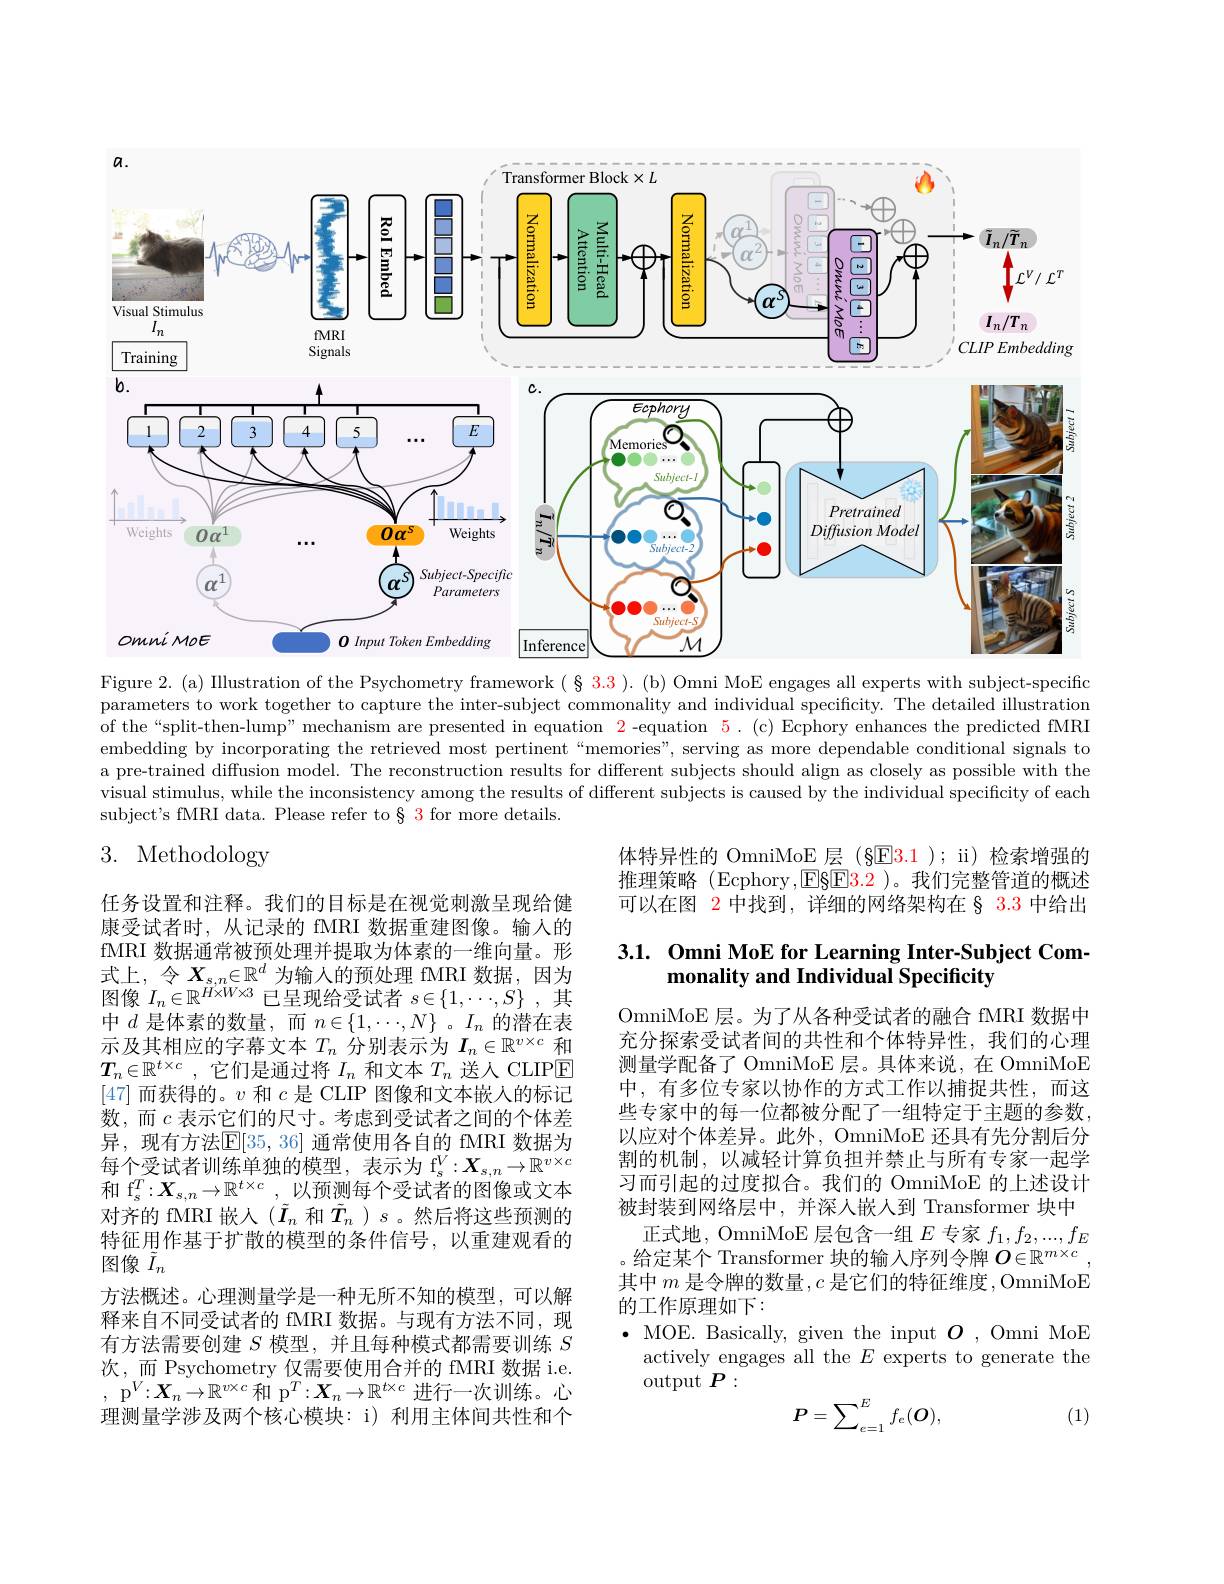
<FigureHere>

Figure 2. (a) IIlustration of the Psychometry framework $(\S$ 3.3 ). (b) Omni MoE engages all experts with subject-specific parameters to work together to capture the inter-subject commonality and individual specificity. The detailed illustration of the“split-then-lump” mechanism are presented in equation $\color{red}{2}$ -equation $\color{red}{5}.\mathrm{~(c)~Ecphory~enhances~the~predicted~fMRI}$ embedding by incorporating the retrieved most pertinent“memories”, serving as more dependable conditional signals to a pre-trained diffusion model. The reconstruction results for different subjects should align as closely as possible with the visual stimulus, while the inconsistency among the results of different subjects is caused by the individual specificity of each subject's fMRI data. Please refer to§ 3 for more details.

# 3. Methodology

体特异性的 OmniMoE 层 (§E3.1 ); ii) 检索增强的推理策略 (Ecphory,E§E3.2 )。我们完整管道的概述可以在图 2 中找到，详细的网络架构在 § 3.3 中给出

## 3.1. Omni MoE for Learning Inter-Subject Commonality and Individual Specificity

任务设置和注释。我们的目标是在视觉刺激呈现给健康受试者时，从记录的 fMRI 数据重建图像。输人的fMRI 数据通常被预处理并提取为体素的一维向量。形式上，令$X_s,n\in\mathbb{R}^d$为输入的预处理 fMRI 数据，因为图像$I_n\in\mathbb{R}^H\times W\times3$已呈现给受试者$s\in\{1,\cdots,S\}$ ,其中$d$是体素的数量，而$n\in\{1,\cdots,N\}$ 。$I_n$的潜在表示及其相应的字幕文本$T_n$分别表示为$I_n\in\mathbb{R}^v\times c$和$\boldsymbol{T}_n\in \mathbb{R} ^{t\times c}$ ,它们是通过将$I_n$和文本$T_n$送人 CLIPE [47]而获得的。$v$和$c$是 CLIP 图像和文本嵌人的标记数，而$c$表示它们的尺寸。考虑到受试者之间的个体差异，现有方法$\mathbb{E}[35,36]$ 通常使用各自的 fMRI 数据为每个受试者训练单独的模型，表示为$\mathrm f_s^V:X_{s,n}\to\mathbb{R}^{v\times c}$ 和 f$_{\mathrm{s} }^T: \boldsymbol{X}_{\mathrm{s} , n}\to \mathbb{R} ^{t\times c}$ , $\tilde{\text{以 预 测 每 个 受 试 者 的 图 像 或 文 本 }}$ 对齐的 fMRI 嵌入 ($\tilde{I}_n$ 和$\tilde{T}_n$ )$s$。然后将这些预测的特征用作基于扩散的模型的条件信号，以重建观看的图像$\tilde{I}_n$
方法概述。心理测量学是一种无所不知的模型，可以解释来自不同受试者的 fMRI 数据。与现有方法不同，现有方法需要创建$S$模型，并且每种模式都需要训练$S$ 次，而 Psychometry 仅需要使用合并的 fMRI 数据 i.e. , p$^V:\boldsymbol{X}_n\to\mathbb{R}^v\times c$和 p$^T:\boldsymbol{X}_n\to\mathbb{R}^t\times c$进行一次训练。心理测量学涉及两个核心模块：i) 利用主体间共性和个

OmniMoE 层。为了从各种受试者的融合 fMRI 数据中充分探索受试者间的共性和个体特异性，我们的心理测量学配备了 OmniMoE 层。具体来说，在 OmniMoE 中，有多位专家以协作的方式工作以捕捉共性，而这些专家中的每一位都被分配了一组特定于主题的参数， 以应对个体差异。此外，OmniMoE 还具有先分割后分割的机制，以减轻计算负担并禁止与所有专家一起学习而引起的过度拟合。我们的 OmniMoE 的上述设计被封装到网络层中，并深人嵌入到 Transformer 块中
正式地，OmniMoE 层包含一组$E$专家$f_1,f_2,...,f_E$ 。给定某个 Transformer 块的输入序列令牌$O\in\mathbb{R}^m\times c$, 其中$m$是令牌的数量$,c$是它们的特征维度，OmniMoE 的工作原理如下：
$\bullet$ MOE. Basically, given the input $O$, Omni MoE
actively engages all the $E$ experts to generate the
output $P:$

(1)
$$P=\sum_{e=1}^Ef_e(\boldsymbol{O}),$$